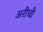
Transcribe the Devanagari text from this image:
अरीची